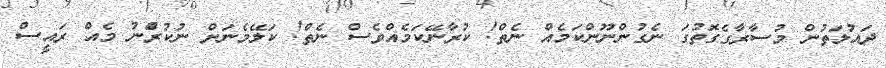
ދައުލަތުން މުސާރާގެގޮތުގަ ނެގުންނޫންކަމެއް ނެތް! ކުރާނޭކަމެއްވެސް ނެތް! ކަލޭމެނަށް ނުކުރެުނު މެއް ރައީސް